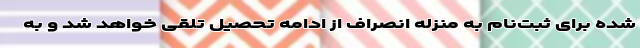
شده برای ثبت‌نام به منزله انصراف از ادامه تحصیل تلقی خواهد شد و به